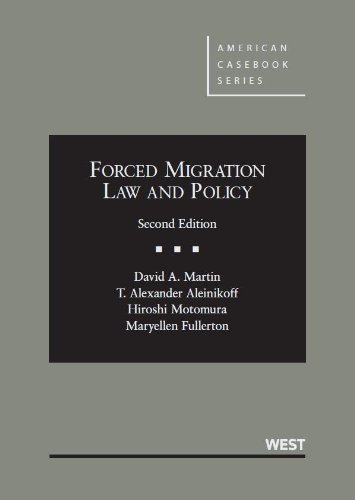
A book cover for Forced Migration Law and Policy (American Casebook Series); David Martin; Law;